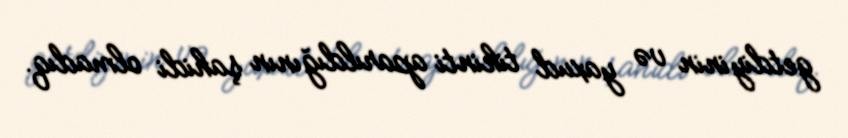
getdiyinin və yaxud tikinti aparıldığının şahidi olmadıq.